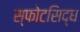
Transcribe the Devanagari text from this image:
स्फोटसिद्ध